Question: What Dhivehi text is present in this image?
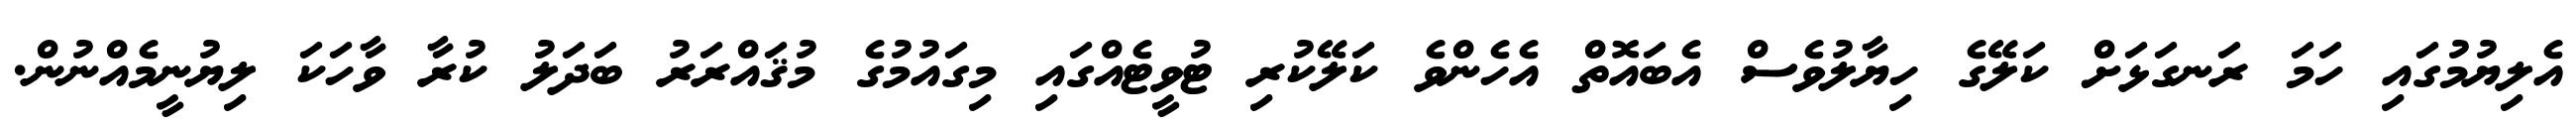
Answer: އެލިޔުމުގައި ހަމަ ރަނގަޅަށް ކަލޭގެ ހިޔާލުވެސް އެބައޮތް އެހެންވެ ކަލޭކުރި ޓުވީޓެއްގައި މިގައުމުގެ މުޤައްރަރު ބަދަލު ކުރާ ވާހަކަ ލިޔުނީމެއްނުން.